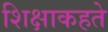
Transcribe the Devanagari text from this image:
शिक्षाकहते